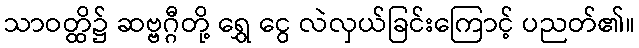
သာဝတ္ထိ၌ ဆဗ္ဗဂ္ဂီတို့ ရွှေ ငွေ လဲလှယ်ခြင်းကြောင့် ပညတ်၏။